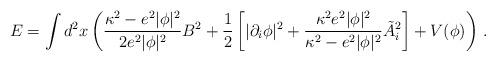
LaTeX: \begin{align*}E = \int d^2x \left( { \kappa^2 - e^2 |\phi|^2 \over 2 e^2 |\phi|^2} B^2 + {1 \over 2} \left[ | \partial_i \phi |^2 + { \kappa^2 e^2 |\phi|^2 \over \kappa^2 - e^2|\phi|^2 } \tilde{A}_i^2 \right] + V(\phi) \right) \, .\end{align*}